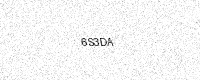
Text: 6S3DA